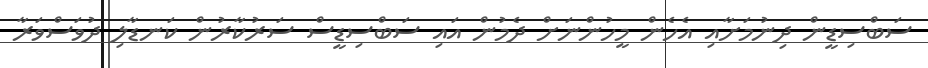
ސަބްސިޑީން ދިނުމަށާއި އެހެން މީހުންނަށް ދެމުން އައި ސަބްސިޑީސް ސަރުކާރުން ކަނޑާލި ދުވަސްވަރާ